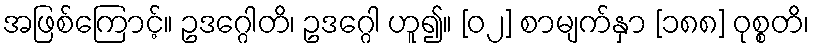
အဖြစ်ကြောင့်။ ဥဒဂ္ဂေါတိ၊ ဥဒဂ္ဂေါ ဟူ၍။ [၀၂] စာမျက်နှာ [၁၈၈] ဝုစ္စတိ၊